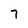
Character: 7